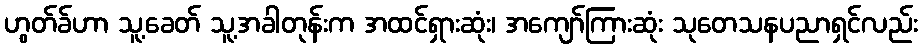
ဟွတ်ခ်ဟာ သူ့ခေတ် သူ့အခါတုန်းက အထင်ရှားဆုံး၊ အကျော်ကြားဆုံး သုတေသနပညာရှင်လည်း